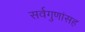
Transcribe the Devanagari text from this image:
सर्वगुणांसह